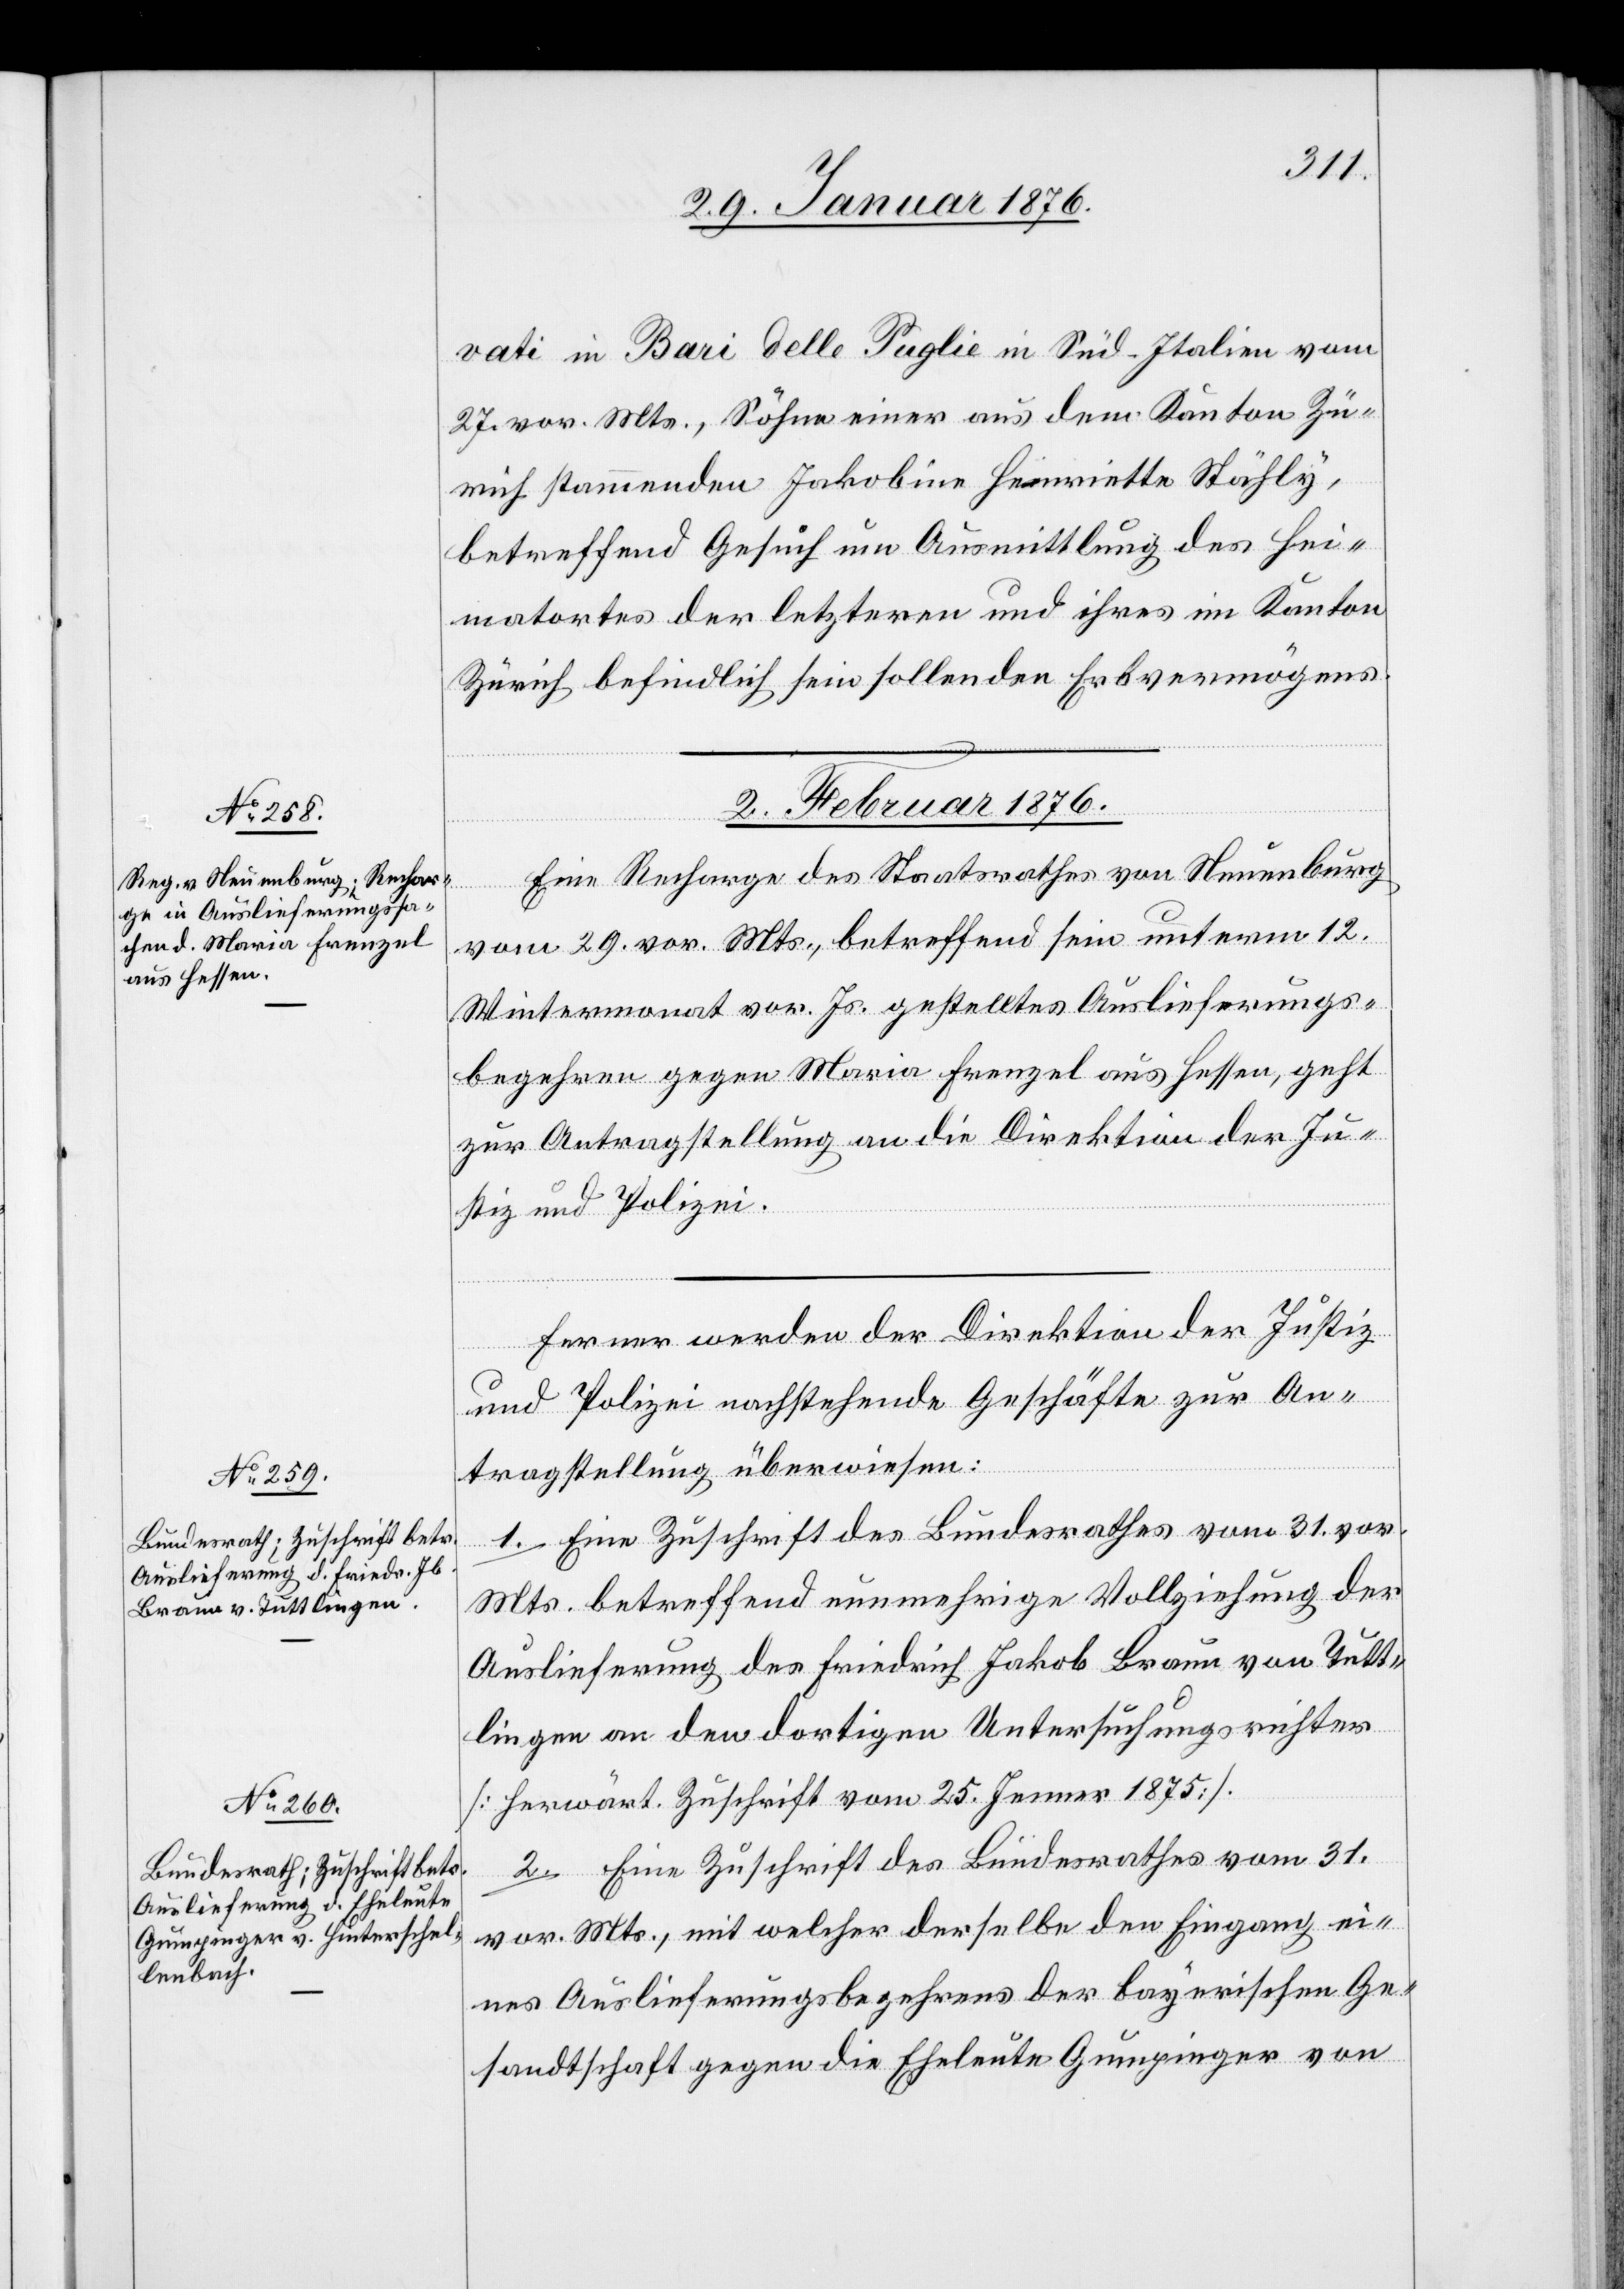
vati in Bari Delle Puglie in Süd-Italien vom
27. vor. Mts., Söhne einer aus dem Kanton Zü¬
rich stammenden Jakobine Henriette Stähly,
betreffend Gesuch um Ausmittlung des Hei¬
matortes der letzteren und ihres im Kanton
Zürich befindlich sein sollenden Erbvermögens.
2. Februar 1876.]
Eine Recharge des Staatsrathes von Neuenburg
zung
vom 29. vor. Mts., betreffend sein unterm 12.
Wintermonat vor. Js. gestelltes Auslieferungs¬
begehren gegen Maria Frenzel aus Hessen, geht
zur Antragsstellung an die Direktion der Ju¬
stiz und Polizei.
Ferner werden der Direktion der Justiz
set¬
und Polizei nachstehende Geschäfte zur An¬
tragstellung überwiesen:
1. Eine Zuschrift des Bundesrathes vom 31. vor.
Mts. betreffend nunmehrige Vollziehung der
Auslieferung des Friedrich Jakob Braun von Tutt¬
lingen an den dortigen Untersuchungsrichter
[herwärt. Zuschrift vom 25. Januar 1875].
2. Eine Zuschrift des Bundesrathes vom 31.
vor. Mts., mit welcher derselbe den Eingang ei¬
nes Auslieferungsbegehrens der Bayerischen Ge¬
sandtschaft gegen die Eheleute Gumpinger von